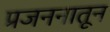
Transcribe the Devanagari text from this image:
प्रजननातून